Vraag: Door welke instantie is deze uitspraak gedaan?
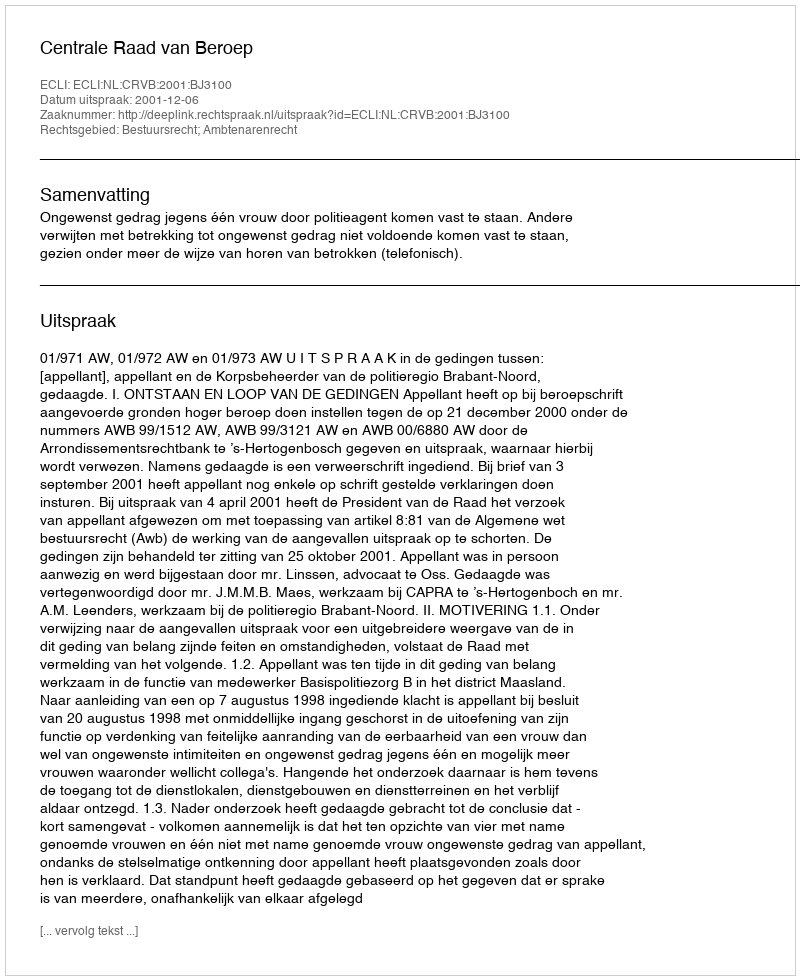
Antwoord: Centrale Raad van Beroep